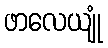
ဖာလေယျုံ